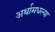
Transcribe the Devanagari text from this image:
अर्थामधल्या